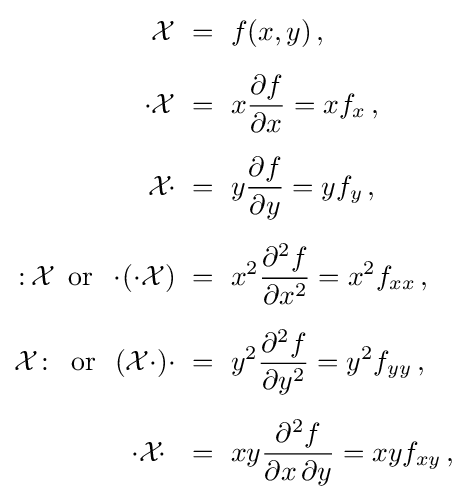
{\begin{aligned}{\mathcal {X}}\ &=\ f(x,y)\,,\\[5pt]\cdot {\mathcal {X}}\ &=\ x{\frac {\partial f}{\partial x}}=xf_{x}\,,\\[5pt]{\mathcal {X}}\!\cdot \ &=\ y{\frac {\partial f}{\partial y}}=yf_{y}\,,\\[5pt]\colon \!{\mathcal {X}}\,{\text{ or }}\,\cdot \!\left(\cdot {\mathcal {X}}\right)\ &=\ x^{2}{\frac {\partial ^{2}f}{\partial x^{2}}}=x^{2}f_{xx}\,,\\[5pt]{\mathcal {X}}\colon \,{\text{ or }}\,\left({\mathcal {X}}\cdot \right)\!\cdot \ &=\ y^{2}{\frac {\partial ^{2}f}{\partial y^{2}}}=y^{2}f_{yy}\,,\\[5pt]\cdot {\mathcal {X}}\!\cdot \ \ &=\ xy{\frac {\partial ^{2}f}{\partial x\,\partial y}}=xyf_{xy}\,,\end{aligned}}